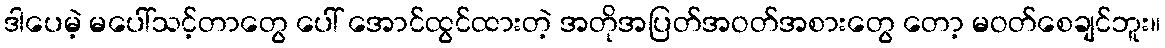
ဒါပေမဲ့ မပေါ်သင့်တာတွေ ပေါ် အောင်ထွင်ထားတဲ့ အတိုအပြတ်အဝတ်အစားတွေ တော့ မဝတ်စေချင်ဘူး။